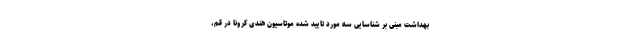
بهداشت مبنی بر شناسایی سه مورد تایید شده موتاسیون هندی کرونا در قم،